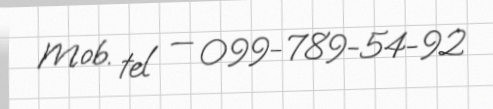
Mob. tel — 099-789-54-92